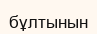
бұлтынын